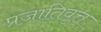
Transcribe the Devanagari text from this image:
प्रजातिवृत्त